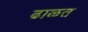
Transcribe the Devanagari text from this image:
ढाळत